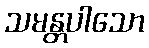
သမန္တပါသော